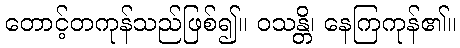
တောင့်တကုန်သည်ဖြစ်၍။ ဝသန္တိ၊ နေကြကုန်၏။